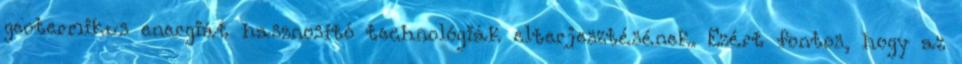
geotermikus energiát hasznosító technológiák elterjesztésének. Ezért fontos, hogy az